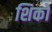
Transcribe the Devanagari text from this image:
शिकों